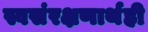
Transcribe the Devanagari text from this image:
स्वसंरक्षणार्थही